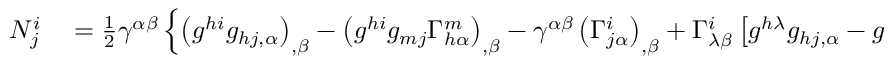
\begin{array} { r l } { N _ { j } ^ { i } } & { { } = { \frac { 1 } { 2 } } \gamma ^ { \alpha \beta } \left\{ \left( g ^ { h i } g _ { h j , \alpha } \right) _ { , \beta } - \left( g ^ { h i } g _ { m j } \Gamma _ { h \alpha } ^ { m } \right) _ { , \beta } - \gamma ^ { \alpha \beta } \left( \Gamma _ { j \alpha } ^ { i } \right) _ { , \beta } + \Gamma _ { \lambda \beta } ^ { i } \left[ g ^ { h \lambda } g _ { h j , \alpha } - g ^ { h \lambda } g _ { m j } \Gamma _ { h \alpha } ^ { m } - \Gamma _ { j \alpha } ^ { \lambda } \right] - \right. } \end{array}